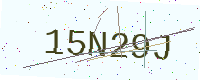
Text: 15N29J